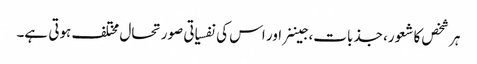
ہر شخص کا شعور، جذبات، جیننر اور اس کی نفسیاتی صورتحال مختلف ہوتی ہے۔